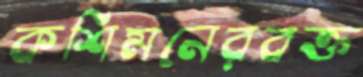
কশিমনেরবক্ত